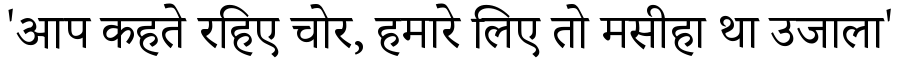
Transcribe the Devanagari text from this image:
'आप कहते रहिए चोर, हमारे लिए तो मसीहा था उजाला'